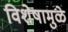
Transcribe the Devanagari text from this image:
विशेषामुळे